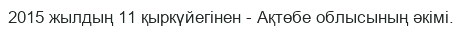
2015 жылдың 11 қыркүйегінен - Ақтөбе облысының әкімі.